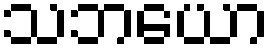
သဘယော